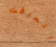
انحرفت